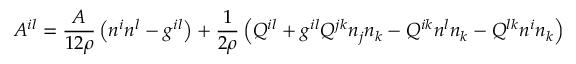
{ \cal A } ^ { i l } = \frac { A } { 1 2 \rho } \left( n ^ { i } n ^ { l } - g ^ { i l } \right) + \frac 1 { 2 \rho } \left( Q ^ { i l } + g ^ { i l } Q ^ { j k } n _ { j } n _ { k } - Q ^ { i k } n ^ { l } n _ { k } - Q ^ { l k } n ^ { i } n _ { k } \right)